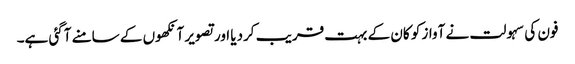
فون کی سہولت نے آواز کو کان کے بہت قریب کردیا اور تصویر آنکھوں کے سامنے آگئی ہے۔